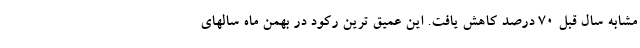
مشابه سال قبل ۷۰ درصد کاهش یافت. این عمیق ترین رکود در بهمن ماه سالهای